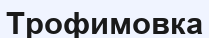
Трофимовка